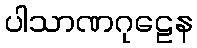
ပါသာဏဂုဠေန